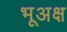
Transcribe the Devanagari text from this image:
भूअक्ष